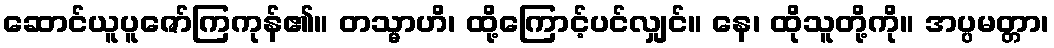
ဆောင်ယူပူဇော်ကြကုန်၏။ တသ္မာဟိ၊ ထို့ကြောင့်ပင်လျှင်။ နေ၊ ထိုသူတို့ကို။ အပ္ပမတ္တာ၊